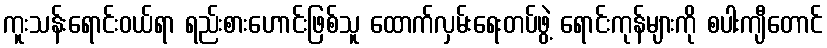
ကူးသန်းရောင်းဝယ်ရာ ရည်းစားဟောင်းဖြစ်သူ ထောက်လှမ်းရေးတပ်ဖွဲ့ ရောင်းကုန်များကို စပါးကျီတောင်